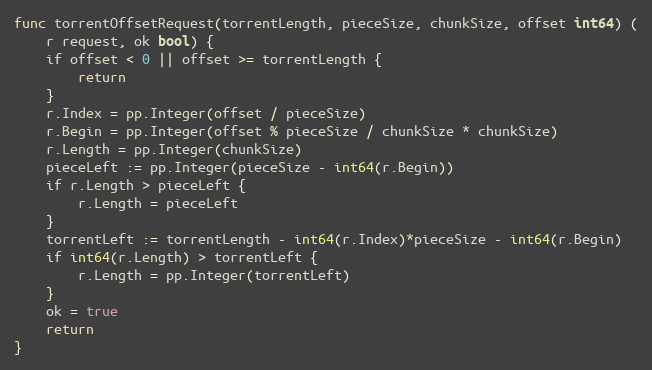
Language: Go
func torrentOffsetRequest(torrentLength, pieceSize, chunkSize, offset int64) (
	r request, ok bool) {
	if offset < 0 || offset >= torrentLength {
		return
	}
	r.Index = pp.Integer(offset / pieceSize)
	r.Begin = pp.Integer(offset % pieceSize / chunkSize * chunkSize)
	r.Length = pp.Integer(chunkSize)
	pieceLeft := pp.Integer(pieceSize - int64(r.Begin))
	if r.Length > pieceLeft {
		r.Length = pieceLeft
	}
	torrentLeft := torrentLength - int64(r.Index)*pieceSize - int64(r.Begin)
	if int64(r.Length) > torrentLeft {
		r.Length = pp.Integer(torrentLeft)
	}
	ok = true
	return
}